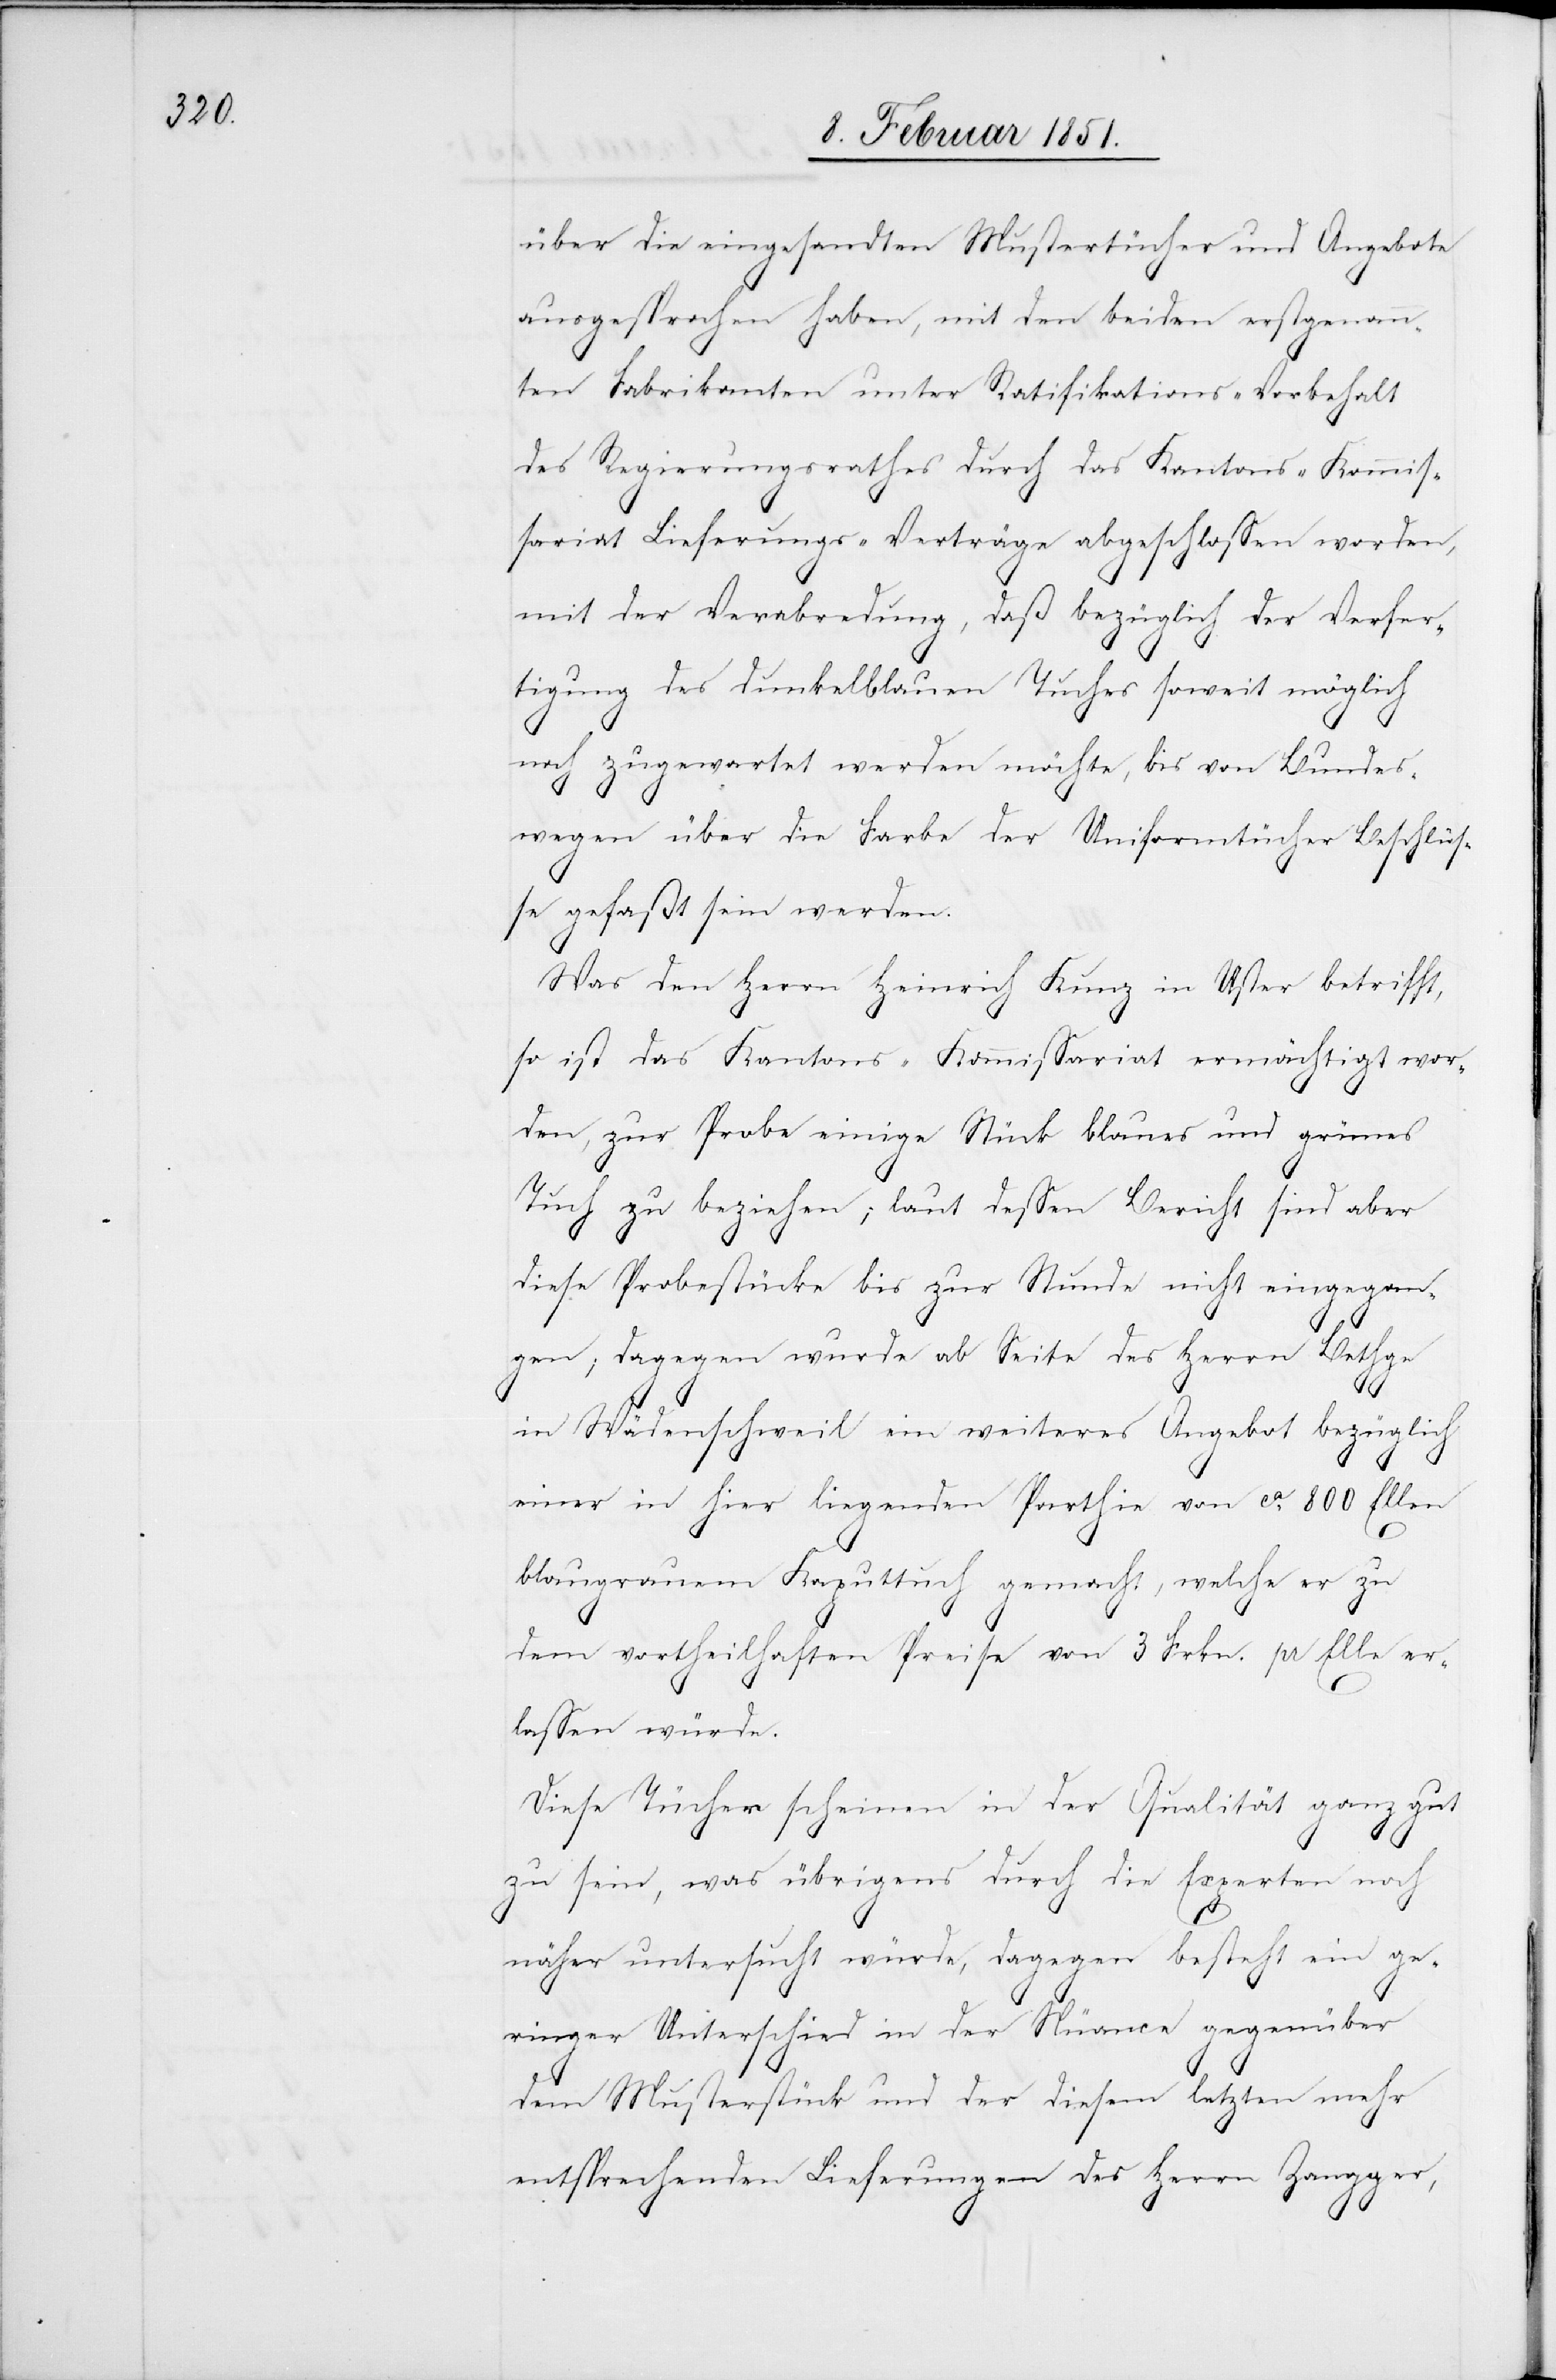
über die eingesandten Mustertücher und Angebote
ausgesprochen haben, mit den beiden erstgenann¬
ten Fabrikanten unter Ratifikations-Vorbehalt
des Regierungsrathes durch das Kantons-Kommis¬
sariat Lieferungs-Verträge abgeschlossen worden,
mit der Verabredung, daß bezüglich der Verfer¬
tigung des dunkelblauen Tuches soweit möglich
noch zugewartet werden möchte, bis von Bundes¬
wegen über die Farbe der Uniformtücher Beschlüs¬
se gefaßt sein werden.
Was den Herrn Heinrich Kunz in Uster betrifft,
so ist das Kantons-Kommissariat ermächtigt wor¬
den, zur Probe einige Stück blaues und grünes
Tuch zu beziehen; laut dessen Bericht sind aber
diese Probestücke bis zur Stunde nicht eingegan¬
gen; dagegen wurde ab Seite des Herrn Bethge
in Wädenschweil ein weiteres Angebot bezüglich
einer in hier liegenden Parthie von ca. 800 Ellen
blaugrauem Kaputtuch gemacht, welche er zu
dem vortheilhaften Preise von 3 Frkn. pr Elle er¬
lassen würde.
Diese Tücher scheinen in der Qualität ganz gut
zu sein, was übrigens durch die Experten noch
näher untersucht würde, dagegen besteht ein ge¬
ringer Unterschied in der Nüance gegenüber
dem Musterstück und der diesem letzten mehr
entsprechenden Lieferungen des Herrn Zangger,